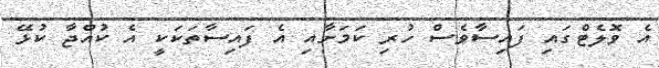
އެ ވޮލެޓްގައި ފައިސާވެސް ހުރި ކަމަށާއި އެ ފައިސާތަކަކީ އެ ކުއްޖާ ކުޅޭ